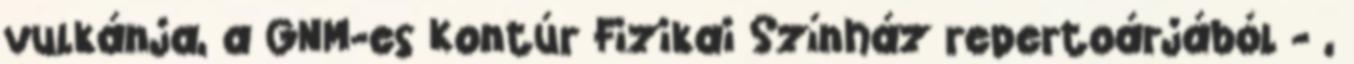
vulkánja, a GNM-es Kontúr Fizikai Színház repertoárjából - ,